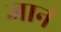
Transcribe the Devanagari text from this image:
जानं